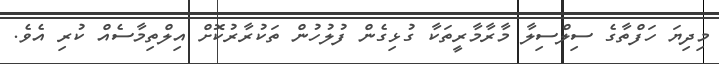
މިދިޔަ ހަފްތާގެ ސިލްސިލާ މާރާމާރީތަކާ ގުޅިގެން ފުލުހުން ތަކުރާރުކޮށް އިލްތިމާސެއް ކުރި އެވެ.